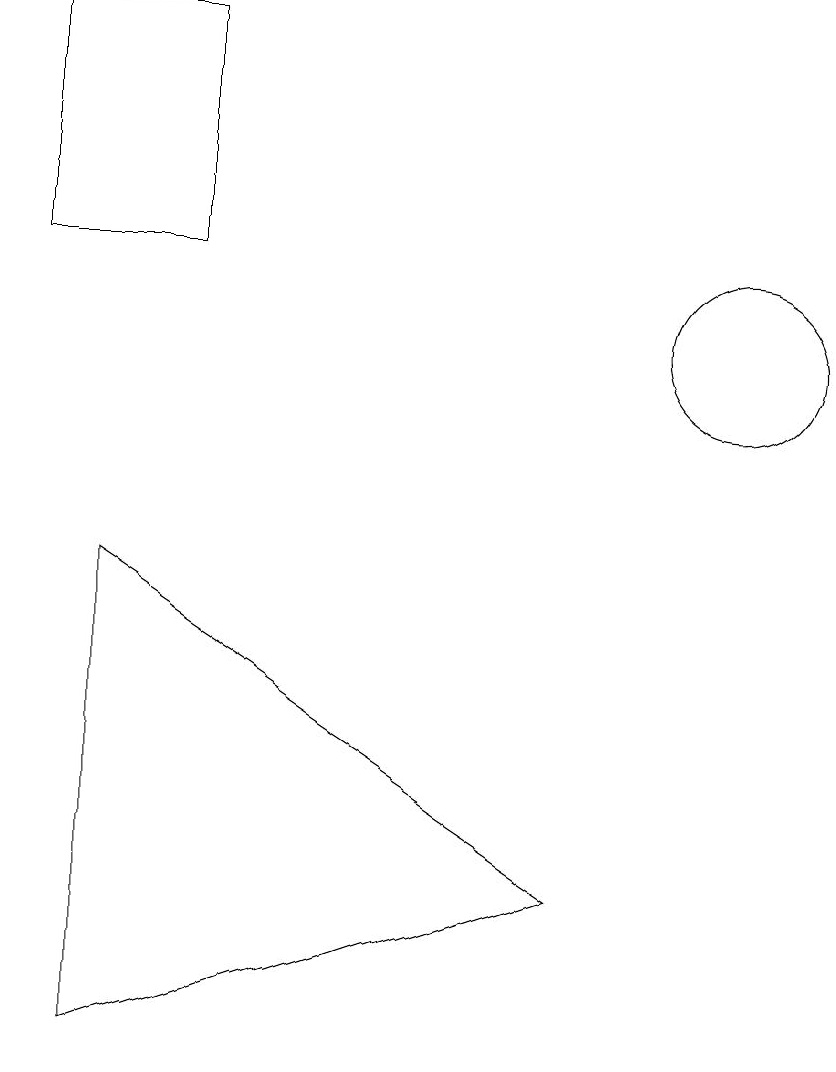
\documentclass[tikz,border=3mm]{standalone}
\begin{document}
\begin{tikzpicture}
\draw (11,11) circle (1);
\draw (9,4) -- (3,2) -- (3,8) -- cycle;
\draw (2,12) rectangle (4,15);
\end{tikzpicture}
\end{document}